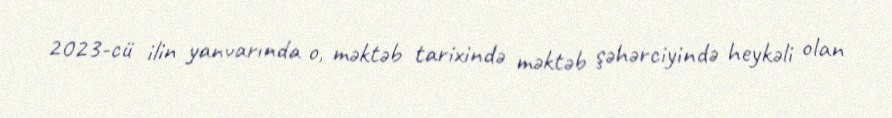
2023-cü ilin yanvarında o, məktəb tarixində məktəb şəhərciyində heykəli olan